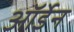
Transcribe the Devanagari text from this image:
ऑर्डेन